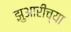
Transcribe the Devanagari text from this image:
झुआरीच्या